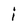
Character: i